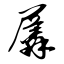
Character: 羼